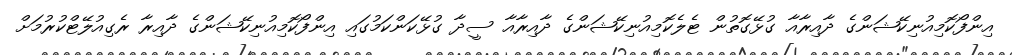
އިންފޯކޮމިއުނިކޭޝަންގެ ދާއިރާއާ ގުޅޭގޮތުން ޓެލެކޮމިއުނިކޭޝަންގެ ދާއިރާއާ ސީދާ ގުޅޭކަންކަމުގައި އިންފޯކޮމިއުނިކޭޝަންގެ ދާއިރާ ރެގިއުލޭޓްކުރުމަށް